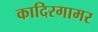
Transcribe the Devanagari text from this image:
कादिरगामर